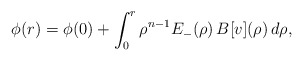
\begin{align*}\phi(r)=\phi(0)+\int_0^r \rho^{n-1} E_-(\rho)\,B[v](\rho)\,d\rho,\end{align*}